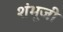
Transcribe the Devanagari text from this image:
शंभूजी